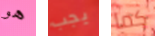
هو يجب كما